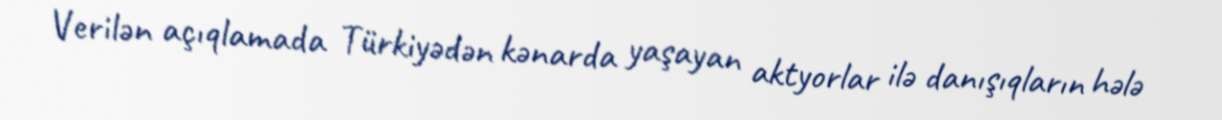
Verilən açıqlamada Türkiyədən kənarda yaşayan aktyorlar ilə danışıqların hələ